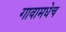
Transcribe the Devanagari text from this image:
गावामधेच